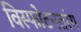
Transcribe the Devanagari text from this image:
विस्फोटनतरंग